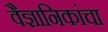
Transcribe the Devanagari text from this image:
वैज्ञानिकांचा